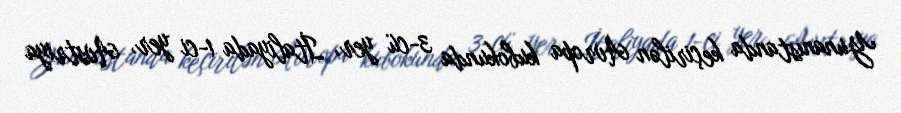
Yunanıstanda keçirilən Avropa kubokunda 3-cü yer, İtaliyada 1-ci yer, Avstriya